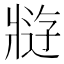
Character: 𰠘